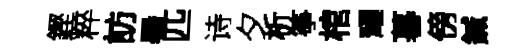
鏗粹訪暑匹诗夕析筝棺耀暮傍鍼